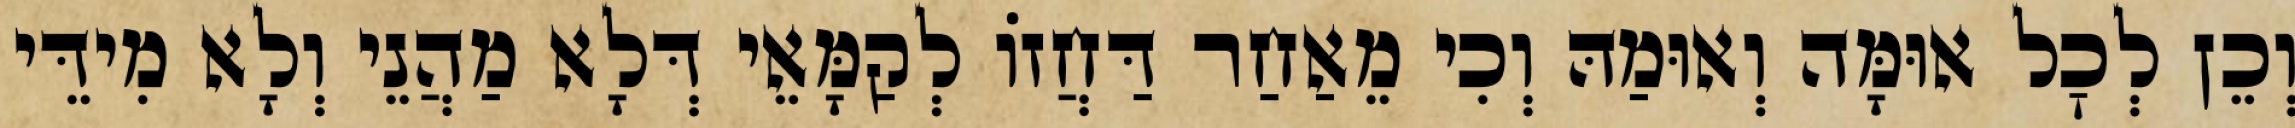
וְכֵן לְכׇל אוּמָּה וְאוּמַהּ וְכִי מֵאַחַר דַּחֲזוֹ לְקַמָּאֵי דְּלָא מַהֲנֵי וְלָא מִידֵּי